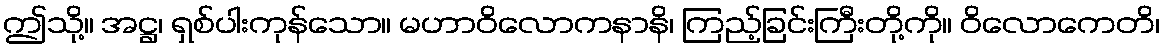
ဤသို့။ အဋ္ဌ၊ ရှစ်ပါးကုန်သော။ မဟာဝိလောကနာနိ၊ ကြည့်ခြင်းကြီးတို့ကို။ ဝိလောကေတိ၊